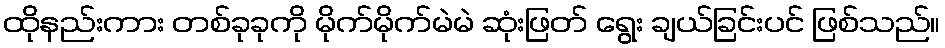
ထိုနည်းကား တစ်ခုခုကို မိုက်မိုက်မဲမဲ ဆုံးဖြတ် ရွေး ချယ်ခြင်းပင် ဖြစ်သည်။